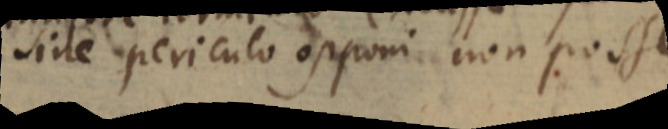
sine periculo opponi non posse